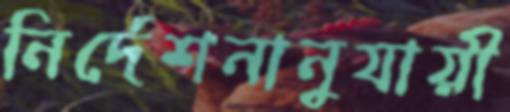
নির্দেশনানুযায়ী